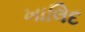
ખાલિદ